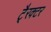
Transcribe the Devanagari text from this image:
टै्रक्टर